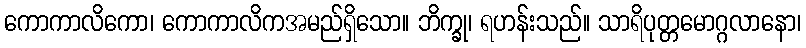
ကောကာလိကော၊ ကောကာလိကအမည်ရှိသော။ ဘိက္ခု၊ ရဟန်းသည်။ သာရိပုတ္တမောဂ္ဂလာနော၊